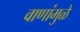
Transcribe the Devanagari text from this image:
वाणांमुळे